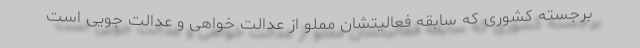
برجسته کشوری که سابقه فعالیتشان مملو از عدالت خواهی و عدالت جویی است